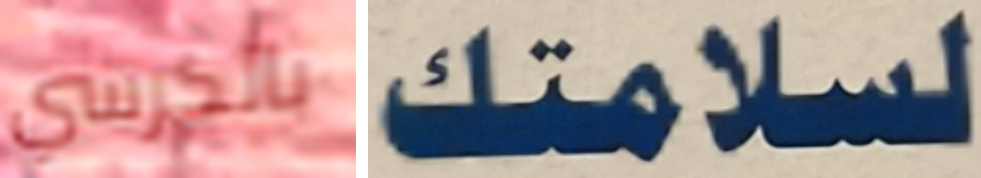
بالكرسي لسلامتك